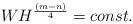
\begin{align*}W H^{(m-n)\over 4} = const.\end{align*}